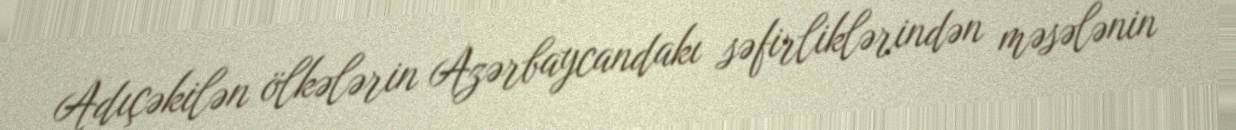
Adıçəkilən ölkələrin Azərbaycandakı səfirliklərindən məsələnin